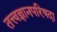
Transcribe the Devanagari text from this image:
तत्त्वज्ञानपरिषदा